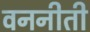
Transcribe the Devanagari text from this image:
वननीती